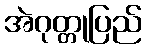
အဲဂုတ္တုပြည်